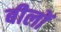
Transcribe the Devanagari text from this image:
बीलों